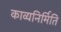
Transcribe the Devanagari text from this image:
काव्यनिर्मिति